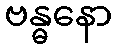
ဗန္ဓနော